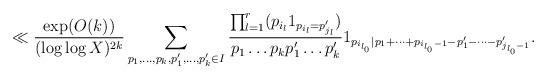
LaTeX: \begin{align*} \ll \frac{\exp(O(k))}{(\log\log X)^{2k}} \sum_{p_1,\dots,p_k,p'_1,\dots,p'_k \in I} \frac{\prod_{l=1}^r (p_{i_l} 1_{p_{i_l}=p'_{j_l}})}{ p_1 \dots p_k p'_1 \dots p'_k }1_{p_{i_{l_0}}| p_1 + \dots + p_{i_{l_0}-1} - p'_1 - \dots - p'_{j_{l_0}-1}}.\end{align*}